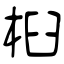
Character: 桕